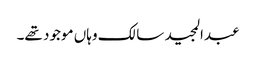
عبدالمجید سالک وہاں موجود تھے۔